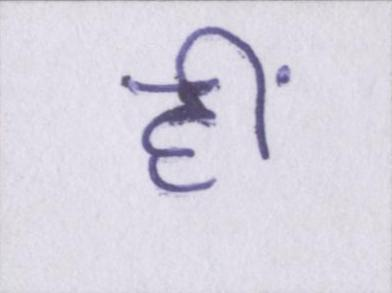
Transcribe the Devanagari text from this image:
हीं